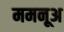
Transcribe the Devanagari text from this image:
ममनूअ